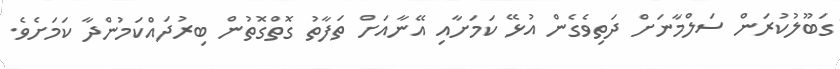
ގަބޫލުކުރަން ސަލްމާނަށް ދަތިވެގެން އުޅޭ ކަމަށާއި އޭނާއަށް ތަފާތު ގޮތްގޮތުން ބިރުދައްކަމުންދާ ކަމަށެވެ.